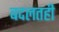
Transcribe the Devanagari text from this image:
बदलतही